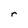
Character: r